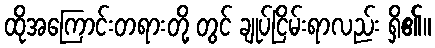
ထိုအကြောင်းတရားတို့ တွင် ချုပ်ငြိမ်းရာလည်း ရှိ၏။